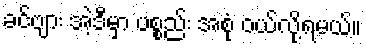
ခင်ဗျား အဲ့ဒီမှာ ပစ္စည်း အစုံ ဝယ်လို့ရမယ်။